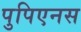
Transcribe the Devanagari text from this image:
पुपिएनस